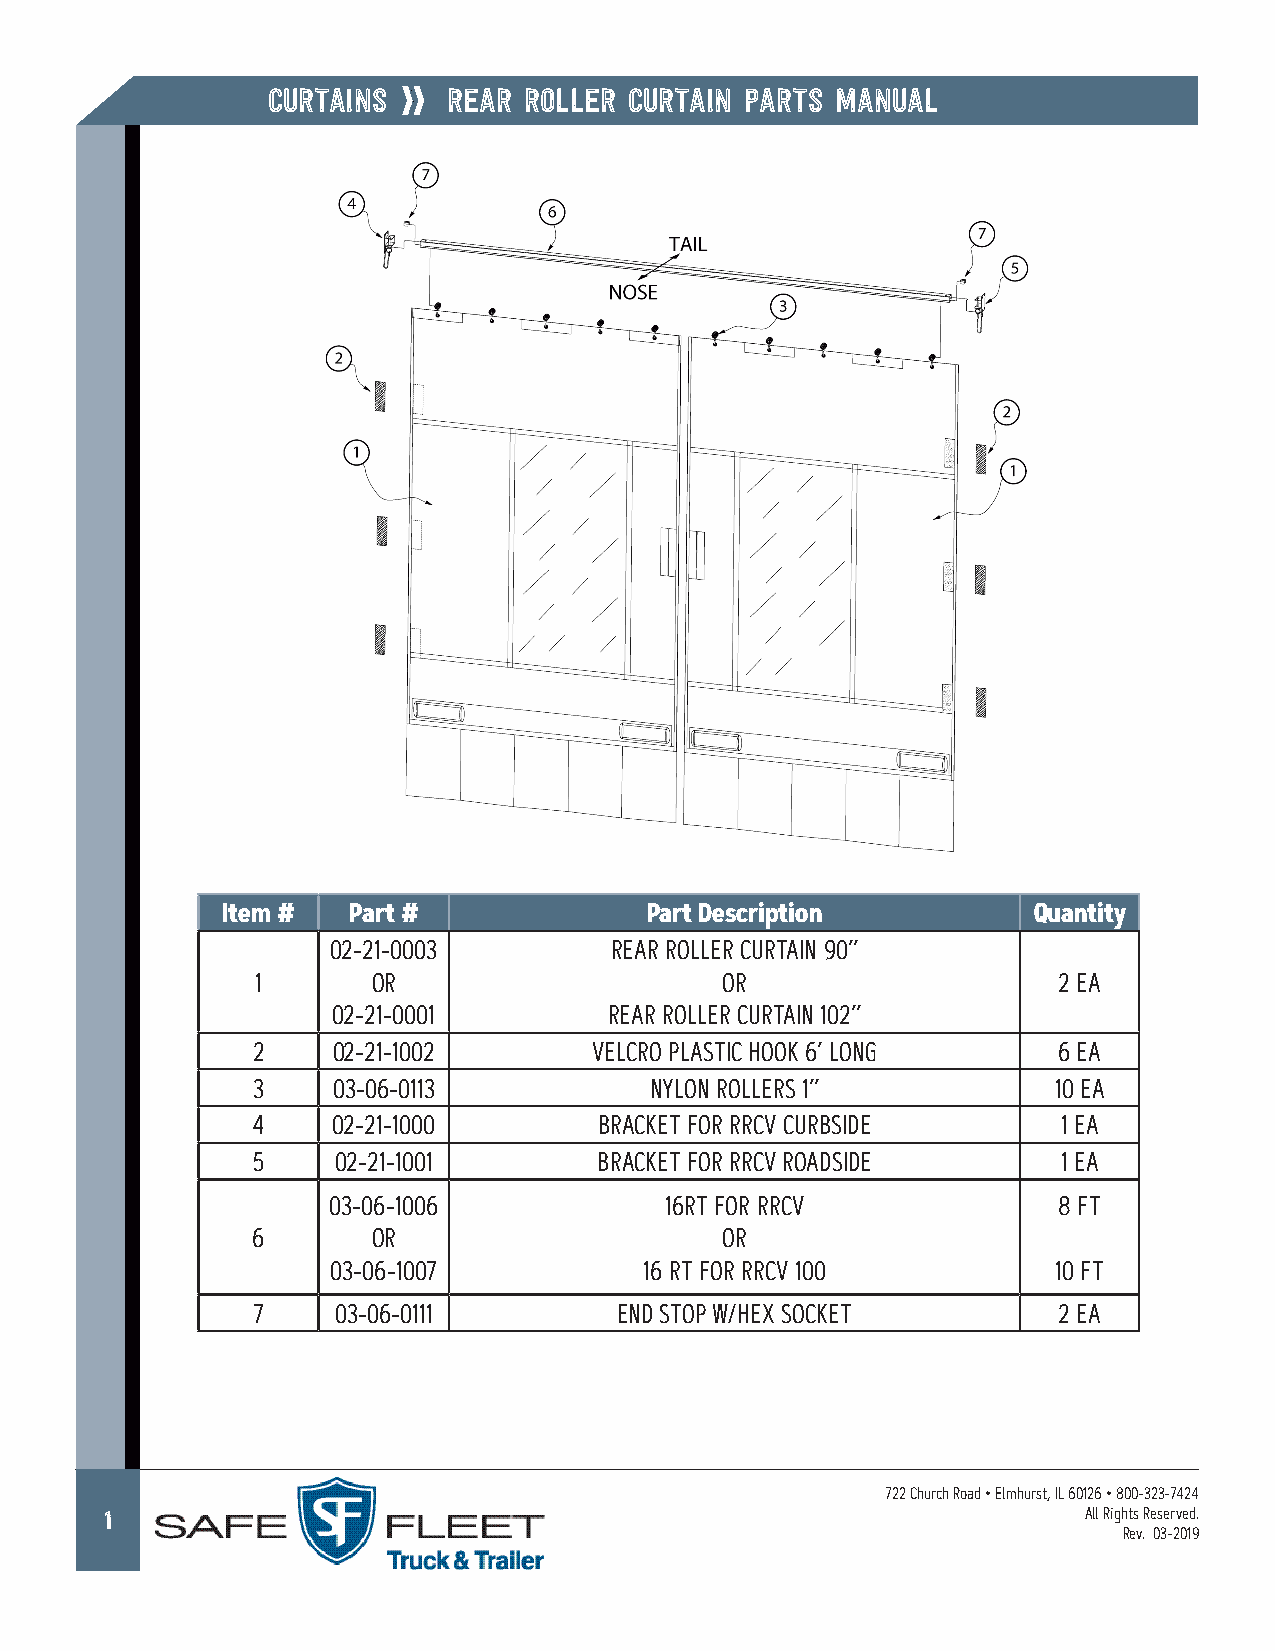
curtains    rear roller curtain Parts Manual
 Item #  Part #              Part Description         Quantity
 02-21-0003        REAR ROLLER CURTAIN 90’’
 1       OR                     OR                    2 EA
 02-21-0001        REAR ROLLER CURTAIN 102’’
 2    02-21-1002       VELCRO PLASTIC HOOK 6’ LONG    6 EA
 3    03-06-0113           NYLON ROLLERS 1’’          10 EA
 4    02-21-1000        BRACKET FOR RRCV CURBSIDE     1 EA
 5    02-21-1001        BRACKET FOR RRCV ROADSIDE     1 EA
 03-06-1006            16RT FOR RRCV             8 FT
 6       OR                     OR
 03-06-1007           16 RT FOR RRCV 100         10 FT
 7    03-06-0111         END STOP W/HEX SOCKET        2 EA
 722 Church Road • Elmhurst, IL 60126 • 800-323-7424
 1                                                                All Rights Reserved.
 Rev. 03-2019